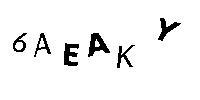
6AEAKY